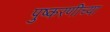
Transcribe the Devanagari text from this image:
पुष्करणीच्या